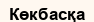
Көкбасқа